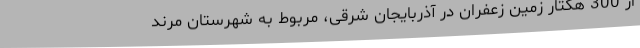
از 300 هکتار زمین زعفران در آذربایجان شرقی، مربوط به شهرستان مرند